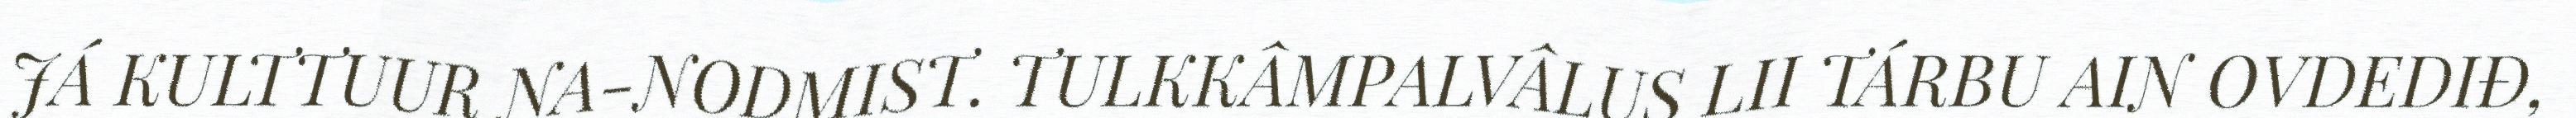
JÁ KULTTUUR NA-NODMIST. TULKKÂMPALVÂLUS LII TÁRBU AIN OVDEDIĐ,